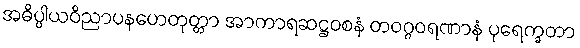
အဓိပ္ပါယဝိညာပနဟေတုတ္တာ အာကာရဆဋ္ဌဝစနံ တဝဂ္ဂဝရဏာနံ ပုရေက္ခတာ